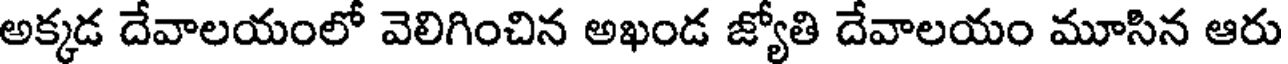
అక్కడ దేవాలయంలో వెలిగించిన అఖండ జ్యోతి దేవాలయం మూసిన ఆరు